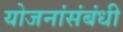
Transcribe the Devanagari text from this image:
योजनांसंबंधी